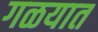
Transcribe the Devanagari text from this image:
गळयात